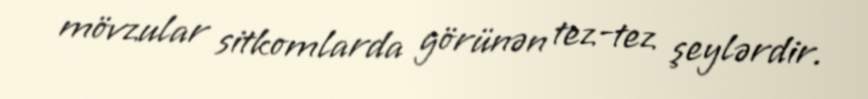
mövzular sitkomlarda görünən tez-tez şeylərdir.